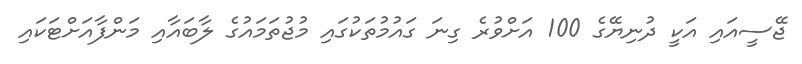
ޖޭސީއައި އަކީ ދުނިޔޭގެ 100 އަށްވުރެ ގިނަ ގައުމުތަކުގައި މުޖުތަމައުގެ ލާބައާއި މަންފާއަށްޓަކައި